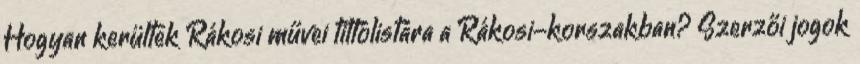
Hogyan kerültek Rákosi művei tiltólistára a Rákosi-korszakban? Szerzői jogok